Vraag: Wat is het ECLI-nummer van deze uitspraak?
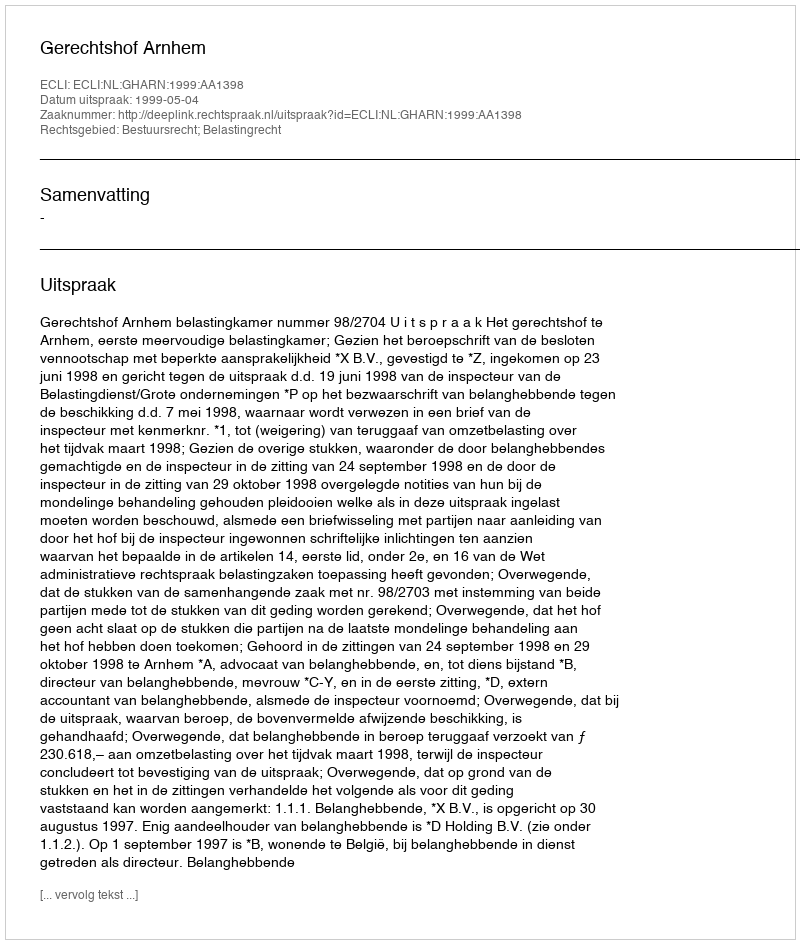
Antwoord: ECLI:NL:GHARN:1999:AA1398